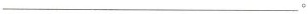
___。